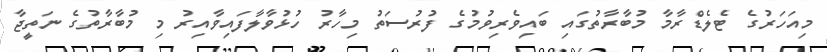
މިއަހަރުގެ ޓެލެޑްރާމާ މުބާރާތުގައި ބައިވެރިވުމުގެ ފުރުސަތު މިހާރު ހުޅުވާލާފައިވާއިރު މި މުބާރާތުގެ ނަތީޖާ